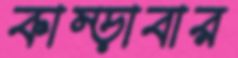
কাম্‌ড়াবার